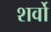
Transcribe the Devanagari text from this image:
शर्वो